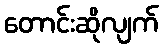
တောင်းဆိုလျက်